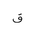
Letter: _qaf